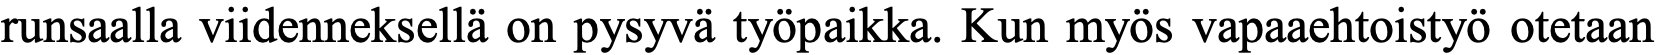
runsaalla viidenneksellä on pysyvä työpaikka. Kun myös vapaaehtoistyö otetaan